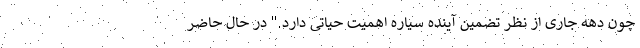
چون دهه جاری از نظر تضمین آینده سیاره اهمیت حیاتی دارد." در حال حاضر